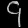
Digit: ၄